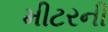
મીટરની